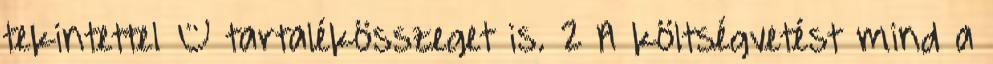
tekintettel – tartalékösszeget is. 2 A költségvetést mind a